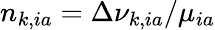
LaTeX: n_{k,ia}=\Delta\nu_{k,ia}/\mu_{ia}